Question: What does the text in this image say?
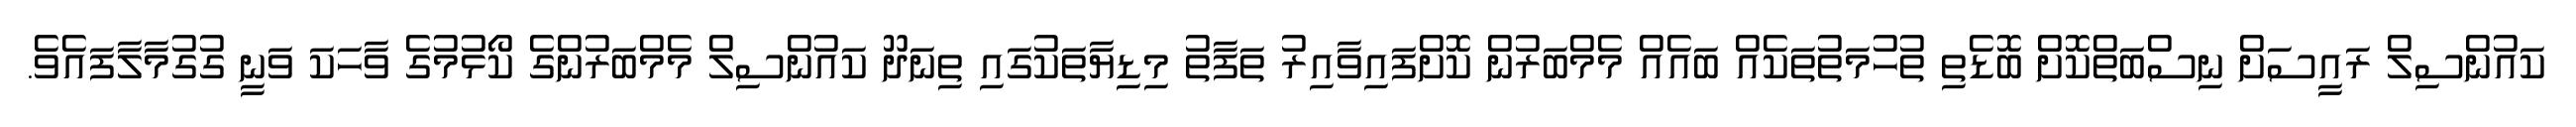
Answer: ކައުންސިލް ރައީސަށް ނިސްބަތްކޮށް ބޮޑެތި ތުހުމަތުތަކެއް ބައެއް މެމްބަރުން ކޮށްފައިވާއިރު ތަފާތު މިޑިޔާތަކުގައި ތިނަދޫ ކައުންސިލް މެމްބަރުންގެ ކޯޅުމުގެ ވާހަކަ ވަނީ ގުގުމާލާފައެވެ.